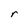
Character: r